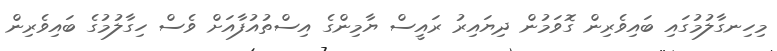
މިހިނގާލުމުގައި ބައިވެރިން ގޮވަމުން ދިޔައިރު ރައީސް ޔާމިންގެ އިސްތުއުފާއަށް ވެސް ހިގާލުމުގެ ބައިވެރިން